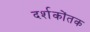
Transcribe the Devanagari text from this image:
दर्शकोंतक